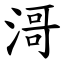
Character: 滒